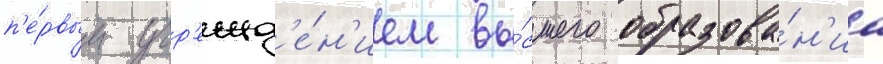
п'е́рвым учр'ежд'е́н'ием вы́сшего образова́н'иа